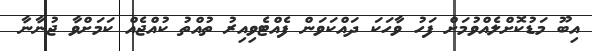
އިބޫ މަޑުކޮށްލެއްވުމަށް ފަހު ވާހަކަ ދައްކަވަން ފެއްޓެވިއިރު ތުއްތު ކުއްޖެއް ކަމަށްވާ ޖުނާނާ